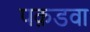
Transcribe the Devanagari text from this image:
पक़डवा